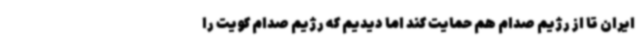
ایران تا از رژیم صدام هم حمایت کند اما دیدیم که رژیم صدام کویت را